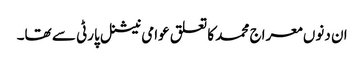
ان دنوں معراج محمد کا تعلق عوامی نیشنل پارٹی سے تھا۔